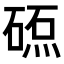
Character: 𥔕